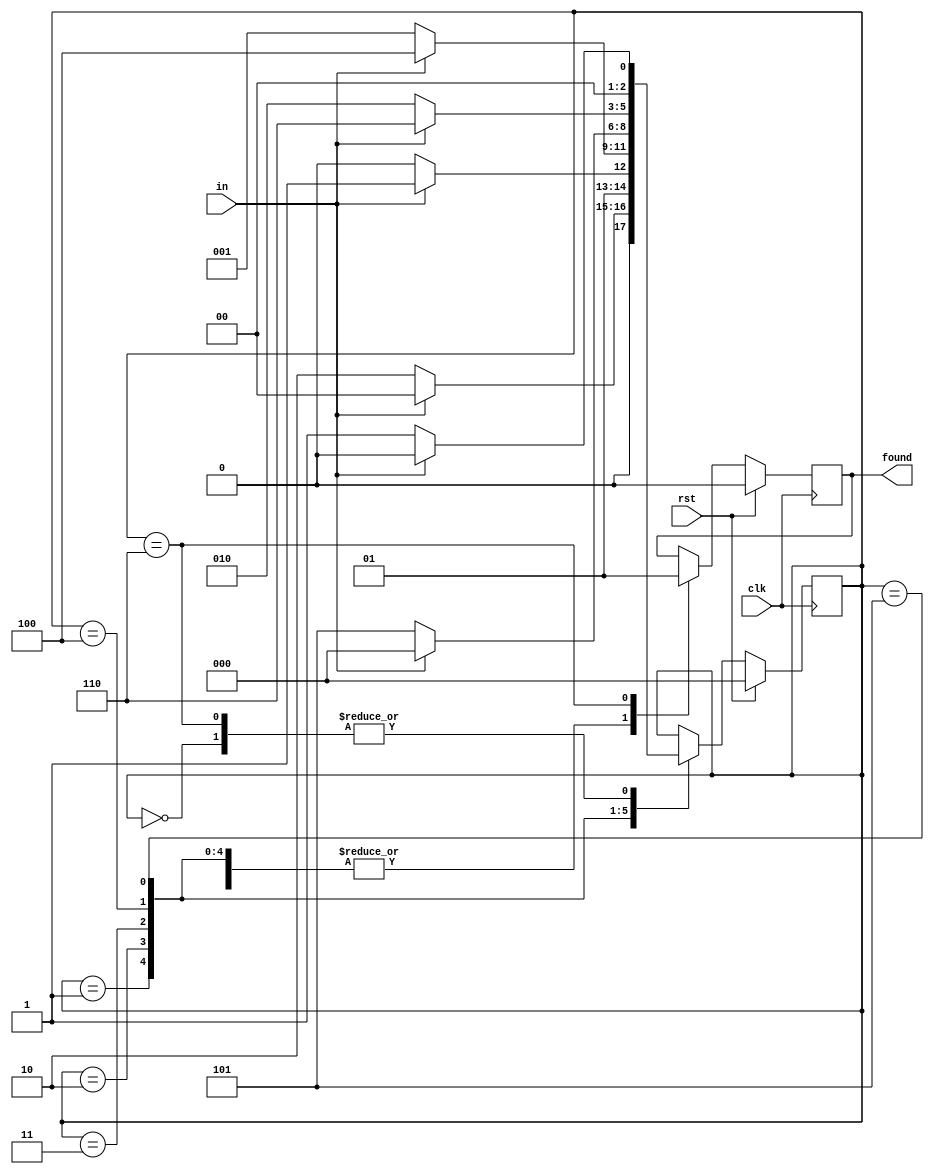
// Recognize the pattern 00110 in a serial stream.

module moore_state_machine_behavioral (
    input        clk,           // clk
    input        rst,           // Reset
    input        in,            // Serial in
    output reg   found);        // Found pattern

    // DATA TYPES
    reg [2:0] state;

    // STATES - BINARY ENCODED STYLE - USE ANY STYLE YOU WANT
    parameter [2:0] START     = 3'b000;
    parameter [2:0] ZERO      = 3'b001;
    parameter [2:0] WAIT      = 3'b010;
    parameter [2:0] S1        = 3'b011;
    parameter [2:0] S2        = 3'b100;
    parameter [2:0] S3        = 3'b101;
    parameter [2:0] FOUND     = 3'b110;

    // MOORE STATE MACHINE
    // ALWAYS BLOCK with NON-BLOCKING PROCEDURAL ASSIGNMENT STATEMENT
    always @ (posedge clk) begin
        if (rst) begin
            state <= START;
            found <= 1'b0;
        end else begin
            case (state)
                START: begin
                    found <= 1'b0;
                    if (in==0)  begin state <= ZERO;   end
                    else        begin state <= START;  end
                end
                ZERO: begin
                    found <= 1'b0;
                    if (in==0)  begin state <= WAIT;   end
                    else        begin state <= START;  end
                end
                WAIT: begin
                    found <= 1'b0;
                    if (in==1)  begin state <= S1;     end
                    else        begin state <= WAIT;   end
                end
                S1: begin
                    found <= 1'b0;
                    if (in==1)  begin state <= S2;     end
                    else        begin state <= ZERO;   end
                end
                S2:begin
                    found <= 1'b0;
                    if (in==0)  begin state <= S3;     end
                    else        begin state <= START;  end
                end
                S3:begin
                    found <= 1'b0;
                    if (in==1)  begin state <= FOUND;  end // Found pattern
                    else        begin state <= WAIT;   end
                end
                FOUND:begin
                    found <= 1'b1;
                    if (in==1)  begin state <= START;  end
                    else        begin state <= ZERO;   end
                end
            endcase
        end
    end

endmodule